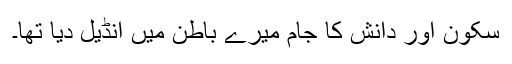
سکون اور دانش کا جام میرے باطن میں انڈیل دیا تھا۔